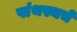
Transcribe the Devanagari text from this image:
पांथस्थचे